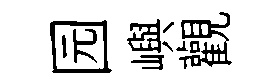
园嶼觀